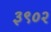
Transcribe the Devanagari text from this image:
३९०२